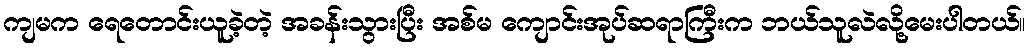
ကျမက ရေတောင်းယူခဲ့တဲ့ အခန်းသွားပြီး အစ်မ ကျောင်းအုပ်ဆရာကြီးက ဘယ်သူလဲလို့မေးပါတယ်။